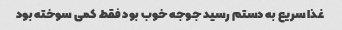
غذا سریع به دستم رسید جوجه خوب بود فقط کمی سوخته بود